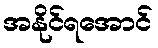
အနိုင်ရအောင်